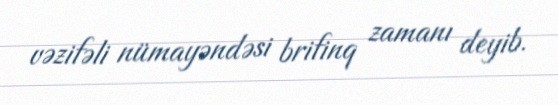
vəzifəli nümayəndəsi brifinq zamanı deyib.